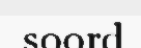
soord